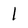
Character: l